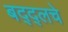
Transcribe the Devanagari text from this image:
बद्द्लचे